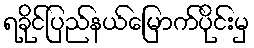
ရခိုင်ပြည်နယ်မြောက်ပိုင်းမှ